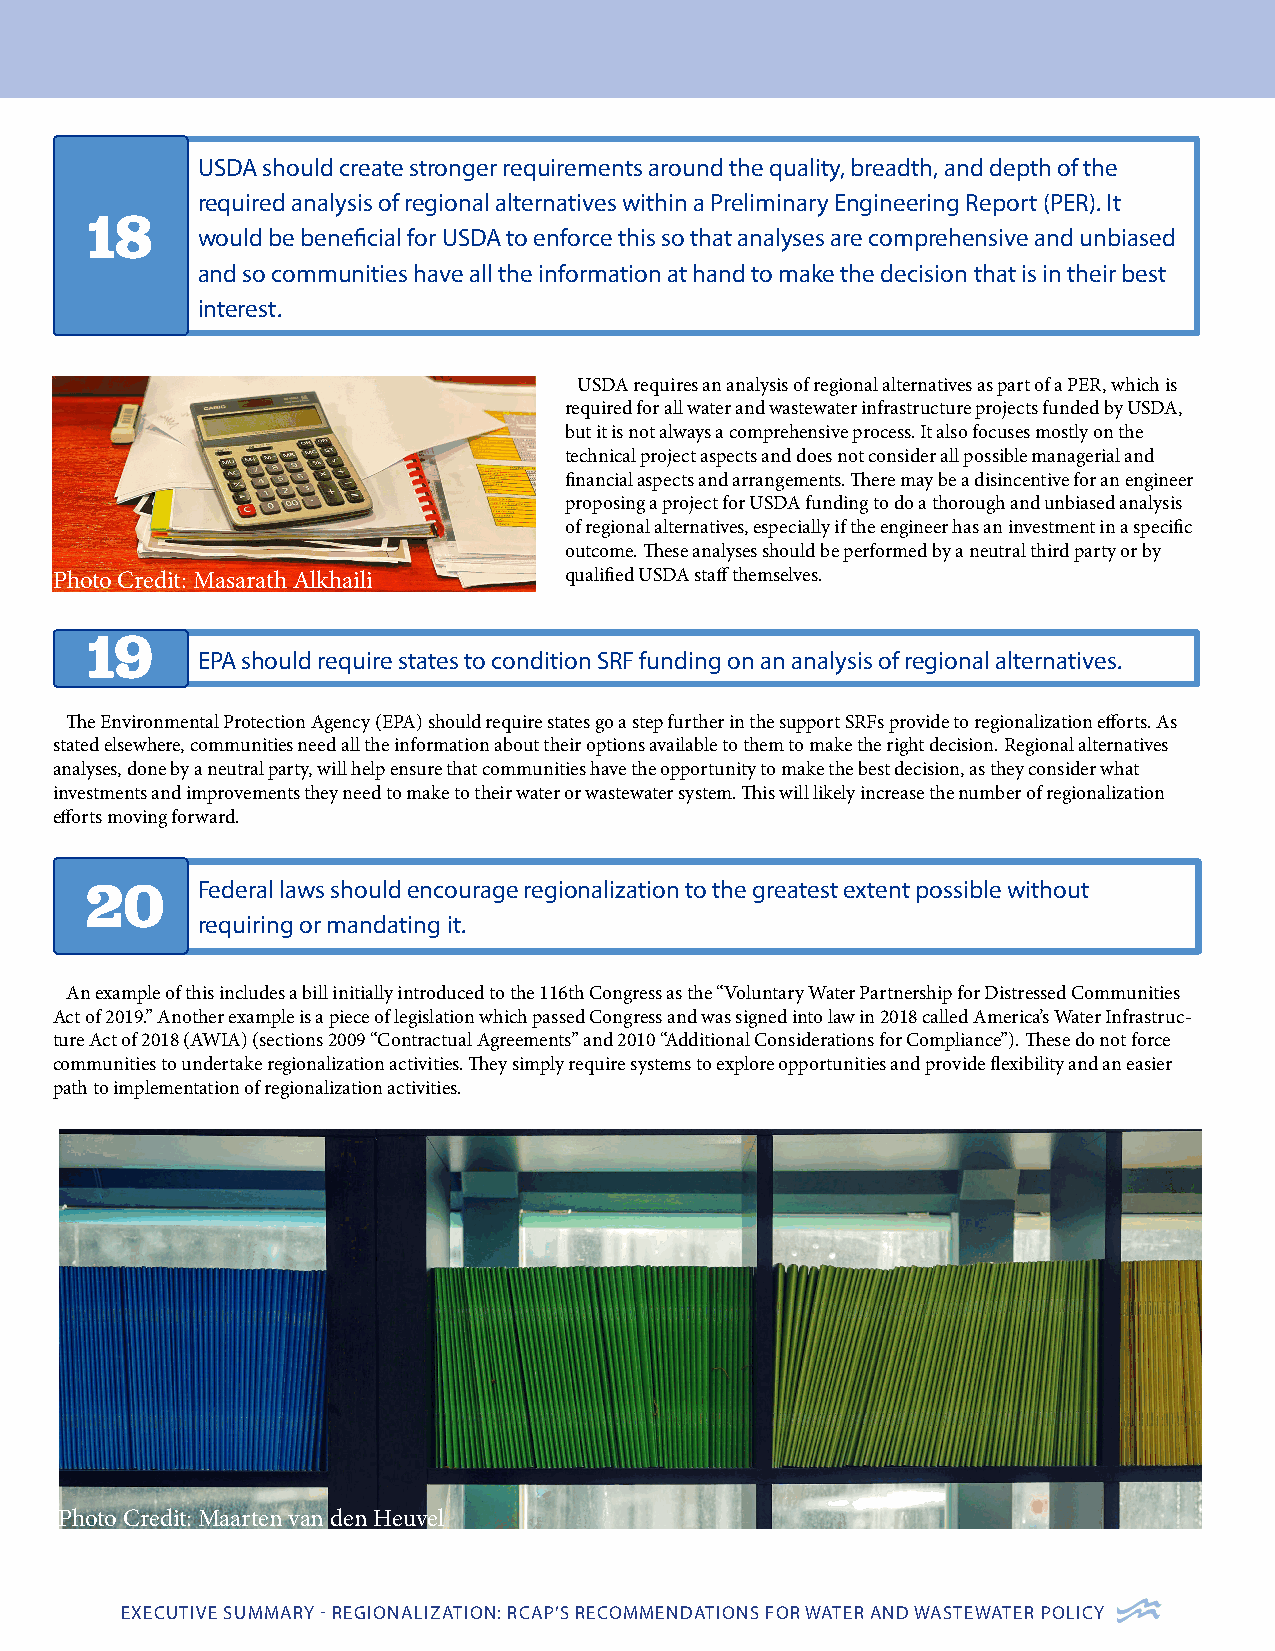
USDA should create stronger requirements around the quality, breadth, and depth of the
 required analysis of regional alternatives within a Preliminary Engineering Report (PER). It
 18
 would be beneficial for USDA to enforce this so that analyses are comprehensive and unbiased
 and so communities have all the information at hand to make the decision that is in their best
 interest.
 USDA requires an analysis of regional alternatives as part of a PER, which is
 required for all water and wastewater infrastructure projects funded by USDA,
 but it is not always a comprehensive process. It also focuses mostly on the
 technical project aspects and does not consider all possible managerial and
 financial aspects and arrangements. There may be a disincentive for an engineer
 proposing a project for USDA funding to do a thorough and unbiased analysis
 of regional alternatives, especially if the engineer has an investment in a specific
 outcome. These analyses should be performed by a neutral third party or by
 Photo Credit: Masarath Alkhaili   qualified USDA staff themselves.
 19
 EPA should require states to condition SRF funding on an analysis of regional alternatives.
 The Environmental Protection Agency (EPA) should require states go a step further in the support SRFs provide to regionalization efforts. As
 stated elsewhere, communities need all the information about their options available to them to make the right decision. Regional alternatives
 analyses, done by a neutral party, will help ensure that communities have the opportunity to make the best decision, as they consider what
 investments and improvements they need to make to their water or wastewater system. This will likely increase the number of regionalization
 efforts moving forward.
 20     Federal laws should encourage regionalization to the greatest extent possible without
 requiring or mandating it.
 An example of this includes a bill initially introduced to the 116th Congress as the “Voluntary Water Partnership for Distressed Communities
 Act of 2019.” Another example is a piece of legislation which passed Congress and was signed into law in 2018 called America’s Water Infrastruc-
 ture Act of 2018 (AWIA) (sections 2009 “Contractual Agreements” and 2010 “Additional Considerations for Compliance”). These do not force
 communities to undertake regionalization activities. They simply require systems to explore opportunities and provide flexibility and an easier
 path to implementation of regionalization activities.
 Photo Credit: Maarten van den Heuvel
 EXECUTIVE SUMMARY - REGIONALIZATION: RCAP’S RECOMMENDATIONS FOR WATER AND WASTEWATER POLICY